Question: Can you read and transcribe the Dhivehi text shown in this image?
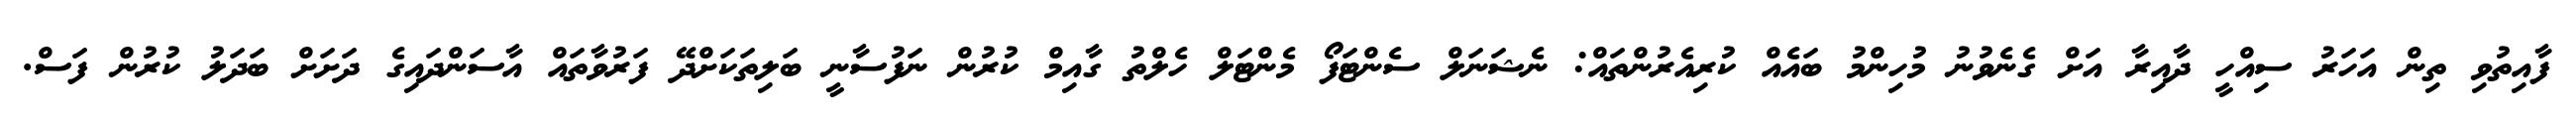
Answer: ފާއިތުވި ތިން އަހަރު ސިއްހީ ދާއިރާ އަށް ގެނެވުނު މުހިންމު ބައެއް ކުރިއެރުންތައް: ނެޝަނަލް ސެންޓަފޯ މެންޓަލް ހެލްތު ގާއިމް ކުރުން ނަފުސާނީ ބަލިތަކަށްދޭ ފަރުވާތައް އާސަންދައިގެ ދަށަށް ބަދަލު ކުރުން ފަސް.